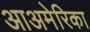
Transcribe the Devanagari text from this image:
आअमेरिका